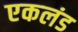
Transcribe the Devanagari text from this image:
एकलंड